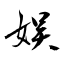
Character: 娱